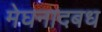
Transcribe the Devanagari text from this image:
मेघनादबध